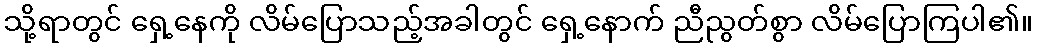
သို့ရာတွင် ရှေ့နေကို လိမ်ပြောသည့်အခါတွင် ရှေ့နောက် ညီညွတ်စွာ လိမ်ပြောကြပါ၏။